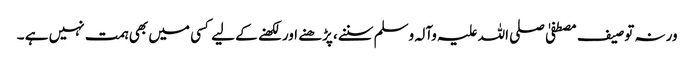
ورنہ توصیف مصطفیٰ صلی اللہ علیہ وآلہ وسلم سننے، پڑھنے اور لکھنے کے لیے کسی میں بھی ہمت نہیں ہے ۔